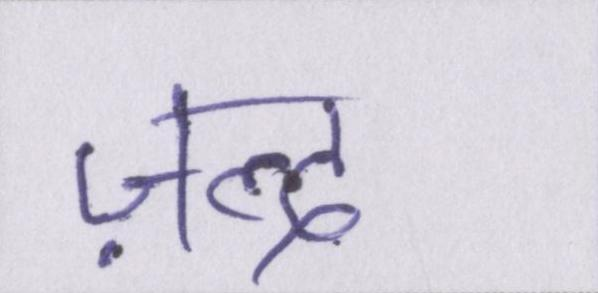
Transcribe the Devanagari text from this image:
ज़ल्द